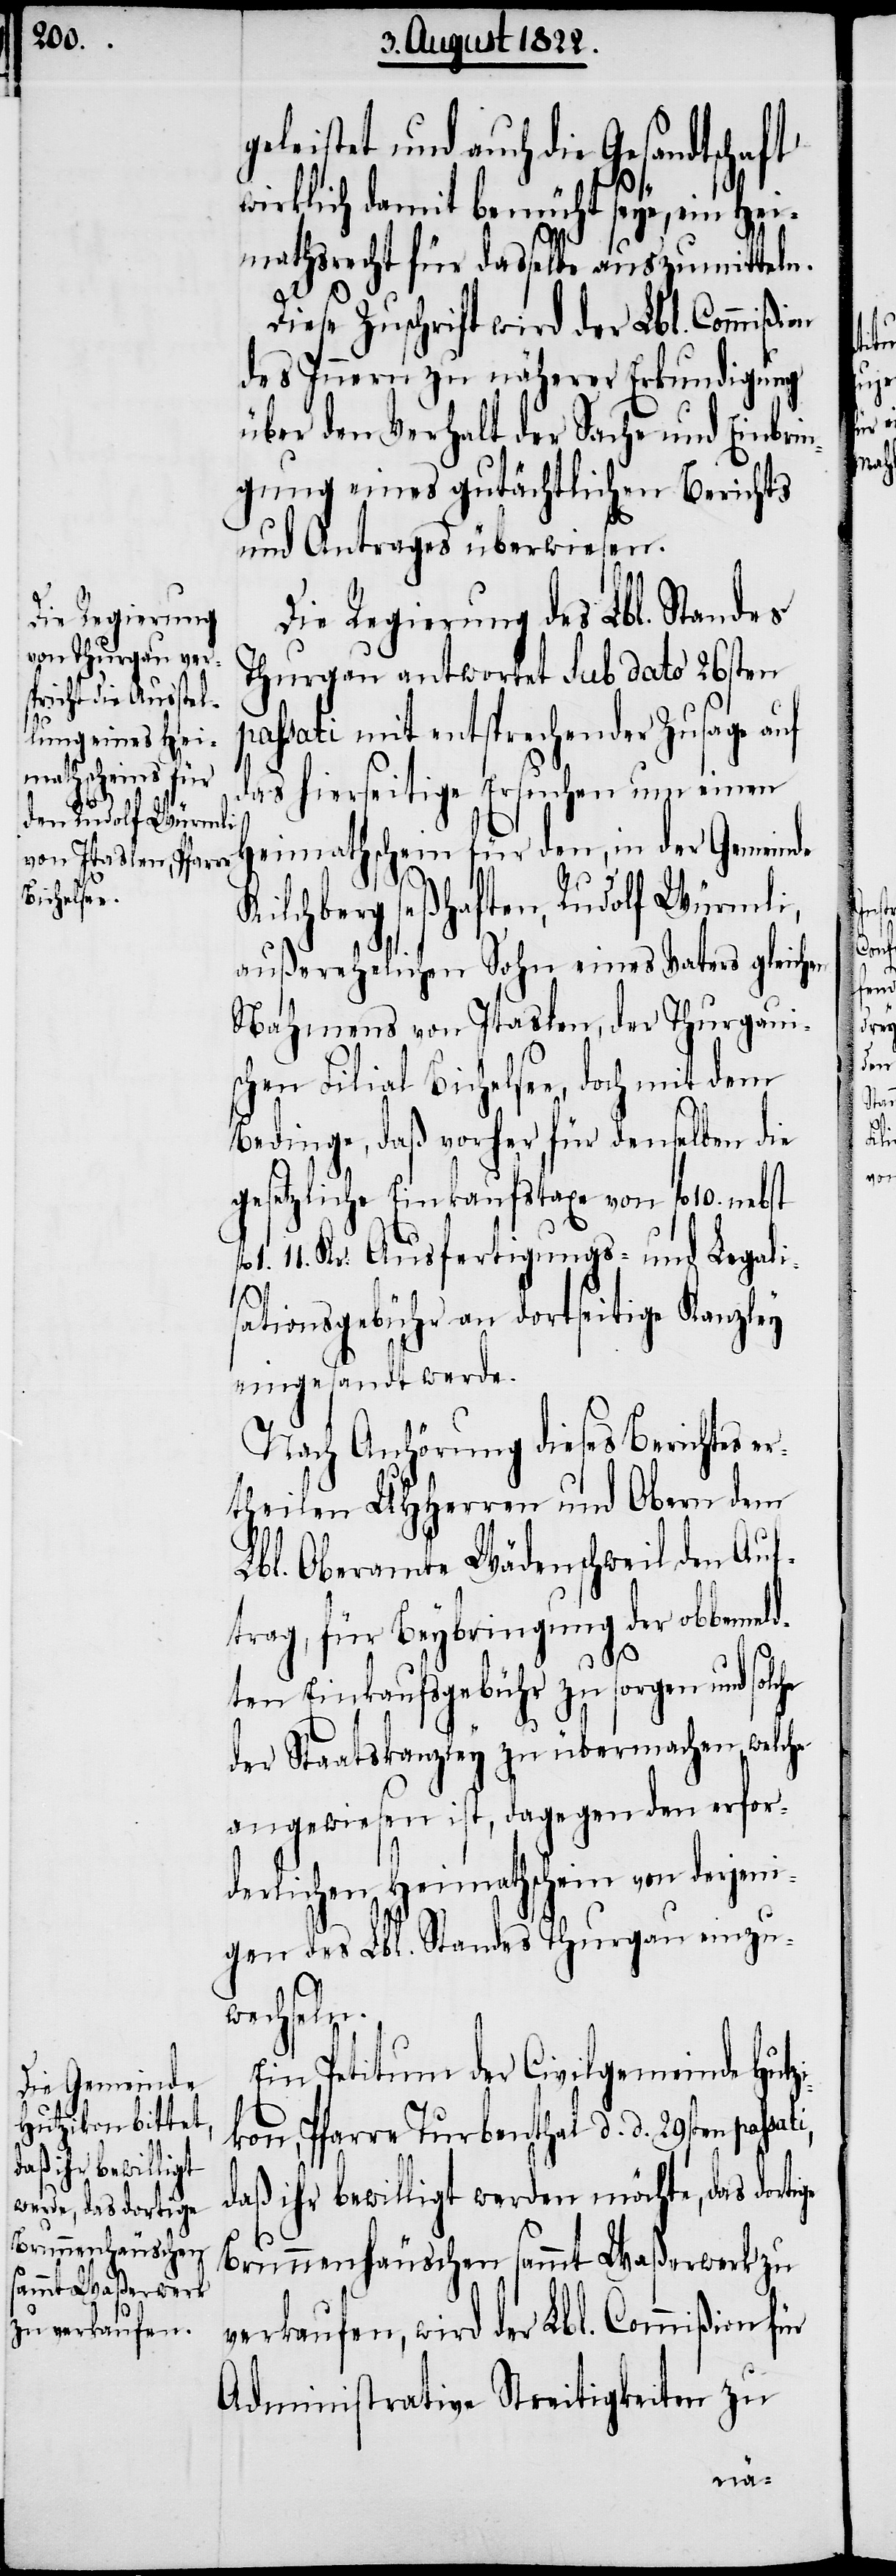
leistet und auch die Gesandtschaft
wirklich damit bemüht seye, ein Hei¬
mathsrecht für dasselbe auszumitteln.
Diese Zuschrift wird der Lbl. Commißi¬
des Innern zu näherer Erkundigung
über den Verhalt der Sache und Einbrin¬
gung eines gutächtlichen Berichts
und Antrages überwiesen.
Die Regierung des Lbl. Standes
Thurgau antwortet Sub dato 26sten
passati mit entsprechender Zusage auf
das hierseitige Ersuchen um einen
Heimathschein für den, in der Gemeinde
Kilchberg seßhaften, Rudolf Würmli,
außerehelichen Sohn eines Vaters gleichen
Nahmens von Itaslen, der Thurgaui¬
schen Filial Bichelsee, doch mit dem
Bedinge, daß vorher für denselben die
gesetzliche Einkaufstaxe von fl. 10. nebst
1. 11. Kr. Ausfertigungs- und Legali¬
sationsgebühr an dortseitige Kanzley
eingesandt werde.
Nach Anhörung dieses Berichts er¬
theilen UHHerrn und Obern dem
Lbl. Oberamte Wädenschweil den Auf¬
trag, für Beybringung der obbemeld¬
ten Einkaufsgebühr zu sorgen und so¬
der Staatskanzley zu übermachen, welche
angewiesen ist, dagegen den erfor¬
derlichen Heimathschein von derjeni¬
gen des Lbl. Standes Thurgau einzu¬
wechseln.
Ein Petitum der Civilgemeinde Hutz¬
ikon, Pfarre Turbenthal d. d. 29sten pas¬
daß ihr bewilligt werden möchte, das dortige
Brunnenhäuschen sammt Waßerwerk zu
verkaufen, wird der Lbl. Commißion für
Administrative Streitigkeiten zu

lche
on
sati,